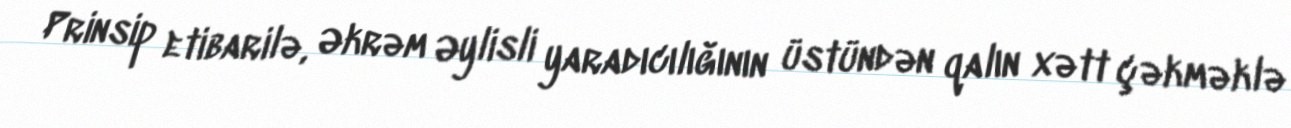
Prinsip etibarilə, Əkrəm Əylisli yaradıcılığının üstündən qalın xətt çəkməklə